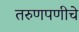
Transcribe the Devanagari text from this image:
तरुणपणीचे